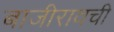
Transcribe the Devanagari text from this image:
बाजीरावची